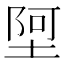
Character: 𫮄